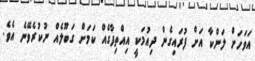
އަވަހަށް ލަންކާ އަށް ފުރައިގެން ދިއުމަކީ އިއްތިފާގެއް ކަމަށް ގަބޫލެއް ނުކުރެވޭނެ އެވެ.